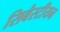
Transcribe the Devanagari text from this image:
सिबैस्टीयन